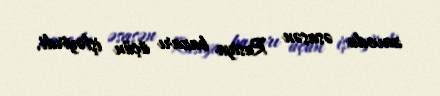
zavodu əsasən Rusiya bazarı üçün işləyirdi.